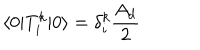
LaTeX: \langle 0 | T _ { i } ^ { k } | 0 \rangle = \delta _ { i } ^ { k } \frac { A _ { d } } { 2 }